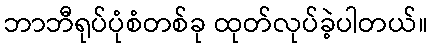
ဘာဘီရုပ်ပုံစံတစ်ခု ထုတ်လုပ်ခဲ့ပါတယ်။